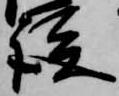
談